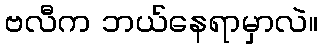
ဗလီက ဘယ်နေရာမှာလဲ။